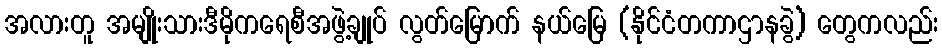
အလားတူ အမျိုးသားဒီမိုကရေစီအဖွဲ့ချုပ် လွတ်မြောက် နယ်မြေ (နိုင်ငံတကာဌာနခွဲ) တွေကလည်း